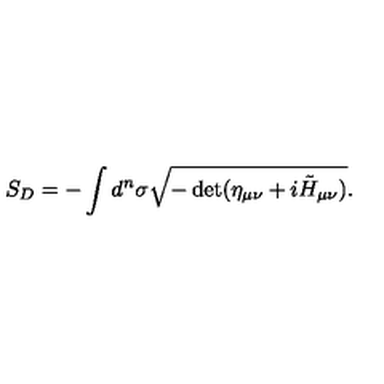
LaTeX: S _ { D } = - \int d ^ { n } \sigma \sqrt { - \det ( \eta _ { \mu \nu } + i \tilde { H } _ { \mu \nu } ) } .